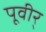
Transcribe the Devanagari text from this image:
पूवीर्